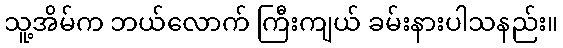
သူ့အိမ်က ဘယ်လောက် ကြီးကျယ် ခမ်းနားပါသနည်း။